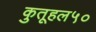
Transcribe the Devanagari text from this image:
कुतूहल५०